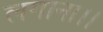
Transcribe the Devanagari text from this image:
लगाना।।